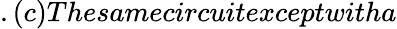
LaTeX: .(c)Thesamecircuitexceptwitha